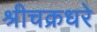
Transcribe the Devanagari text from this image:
श्रीचक्रधरे